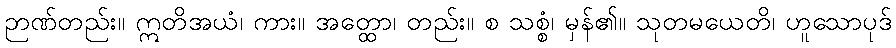
ဉာဏ်တည်း။ ဣတိအယံ၊ ကား။ အတ္ထော၊ တည်း။ စ သစ္စံ၊ မှန်၏။ သုတမယေတိ၊ ဟူသောပုဒ်